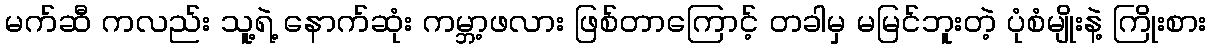
မက်ဆီ ကလည်း သူ့ရဲ့ နောက်ဆုံး ကမ္ဘာ့ဖလား ဖြစ်တာကြောင့် တခါမှ မမြင်ဘူးတဲ့ ပုံစံမျိုးနဲ့ ကြိုးစား